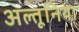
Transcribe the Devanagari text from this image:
अल्तूनिया